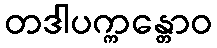
တဒါပက္ကန္တောဝ